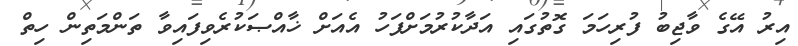
އިރު އޭގެ ވާޖިބު ފުރިހަމަ ގޮތުގައި އަދާކުރުމަށްފަހު އެއަށް ޚާއްޞަކުރެވިފައިވާ ތަންމަތިން ހިތް